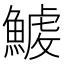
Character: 𩺇